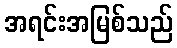
အရင်းအမြစ်သည်